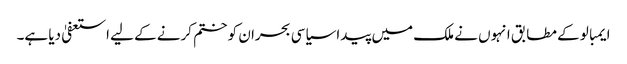
ایمبالو کے مطابق انہوں نے ملک میں پیدا سیاسی بحران کو ختم کرنے کے لیے استعفیٰ دیا ہے۔